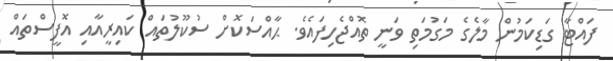
ފައްޓާ ގަޑިކަމުން މާލެގެ މަގުމަތި ވަނީ ތޮއްޖެހިފައެވެ. ޙާއްސަކޮށް ސުކޫލުތައް ކައިރީއާއި އޮފީސްތައް